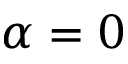
\alpha = 0